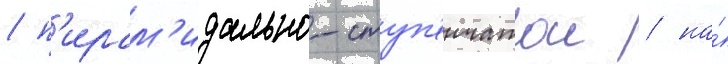
/ п'ирам'идально-ступ'енчатои / на́